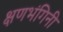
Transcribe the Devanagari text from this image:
क्षणभंगिनी